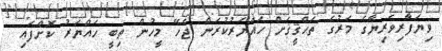
ވިޔަފާރިވެރިޔާގެ މަރުގެ ތަޙްޤީޤަށް ހައްޔަރުކުރަން ޖެހޭ މީހުން ތިބީ ހައްޔަރު ކޮށްފައި